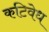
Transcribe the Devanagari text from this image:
कटिवेध